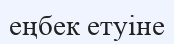
еңбек етуіне